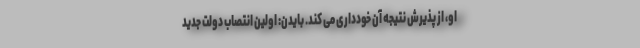
او، از پذیرش نتیجه آن خودداری می کند. بایدن: اولین انتصاب دولت جدید